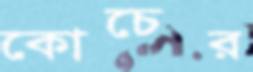
কোচের